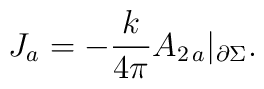
J_{a} = -\frac{k}{4\pi}A_{2\, a}|_{\partial\Sigma}.